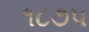
૧૮૭પ